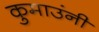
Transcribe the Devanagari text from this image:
कुमाउंनी